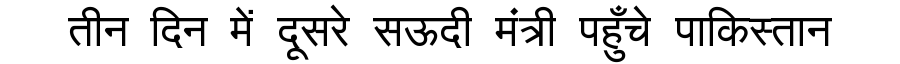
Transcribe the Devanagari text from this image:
तीन दिन में दूसरे सऊदी मंत्री पहुँचे पाकिस्तान